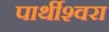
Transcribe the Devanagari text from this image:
पार्थीश्‍वरा